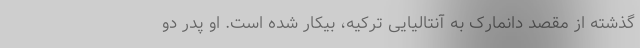
گذشته از مقصد دانمارک به آنتالیایی ترکیه، بیکار شده است. او پدر دو